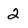
Character: 2